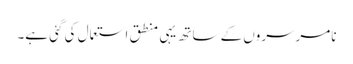
نامرسروں کے ساتھ یہی منطق استعمال کی گئی ہے۔